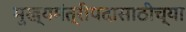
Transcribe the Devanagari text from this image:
मुख्यमंत्रीपदासाठीच्या